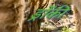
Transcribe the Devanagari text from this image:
ड्रोंकी